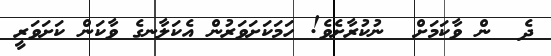
ދެ  ން ވާކަމަށް  ނުކުރާށެވެ! ހަމަކަށަވަރުން އެކަލާނގެ ވާކަން ކަށަވަރީ